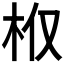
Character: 𣏘